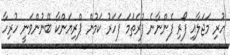
ހުރި މަޖަލާއި ފޯރި ފެންނާނެ ފުރަތަމަ ފަހަރު ކަމުން ޕްރިޔަންކާ ބޭނުންވަނީ ހުރިހާ